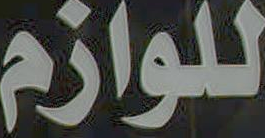
للوازم